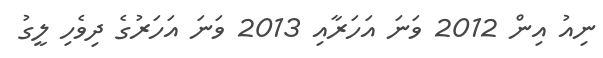
ނިއު އިން 2012 ވަނަ އަހަރާއި 2013 ވަނަ އަހަރުގެ ދިވެހި ލީގު